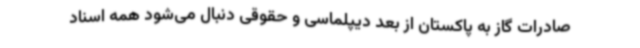
صادرات گاز به پاکستان از بعد دیپلماسی و حقوقی دنبال می‌شود همه اسناد